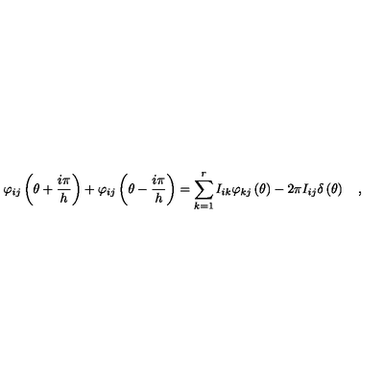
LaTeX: \varphi _ { i j } \left( \theta + \frac { i \pi } { h } \right) + \varphi _ { i j } \left( \theta - \frac { i \pi } { h } \right) = \sum _ { k = 1 } ^ { r } I _ { i k } \varphi _ { k j } \left( \theta \right) - 2 \pi I _ { i j } \delta \left( \theta \right) \quad ,